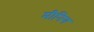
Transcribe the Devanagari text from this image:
मीनिग